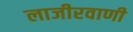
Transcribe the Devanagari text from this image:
लाजीरवाणी